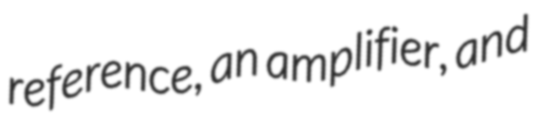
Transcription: reference, an amplifier, and